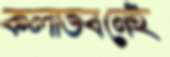
কলাভবনেই